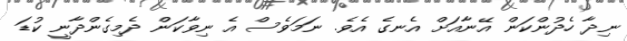
ނިދާ ހެދުންކަން އޭނާއަށް އެނގެ އެވެ. ނަމަވެސް އެ ނިވާކަން ދެމިގެންދާނީ ކުޑަ